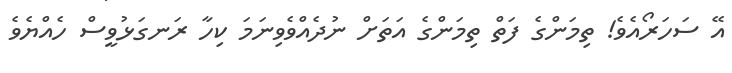
އޭ ސަހަރޯއެވެ! ތިމަންގެ ފަތް ތިމަންގެ އަތަށް ނުދެއްވެވިނަމަ ކިހާ ރަނގަޅުވީސް ހެއްޔެވެ